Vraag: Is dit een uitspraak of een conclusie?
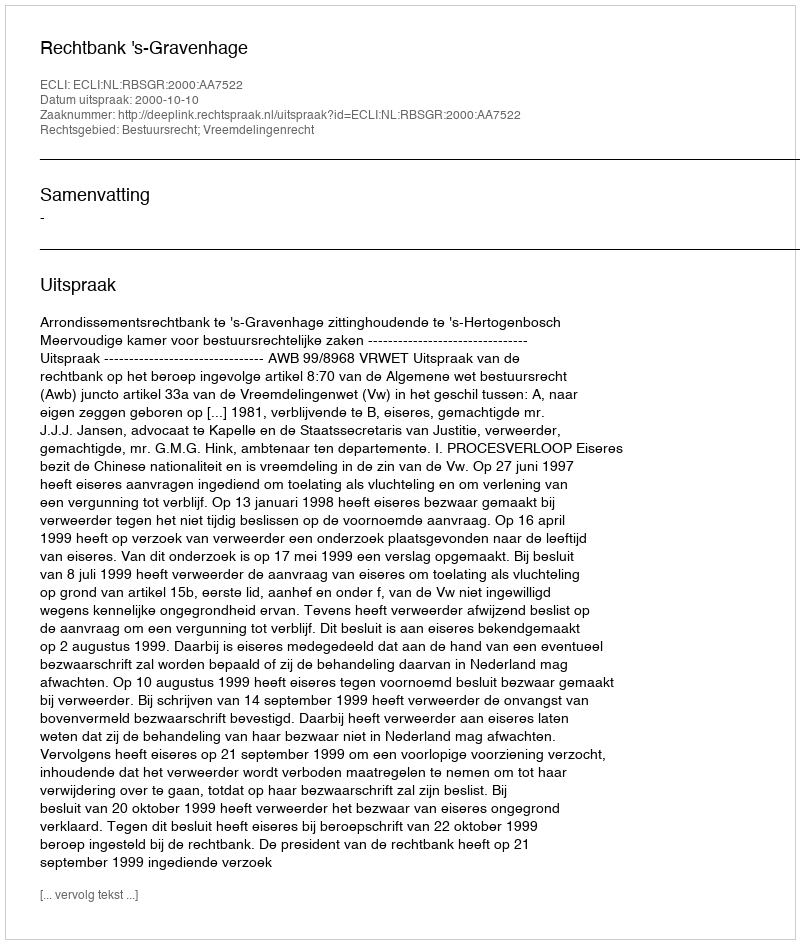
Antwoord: Uitspraak